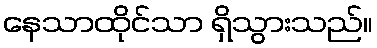
နေသာထိုင်သာ ရှိသွားသည်။